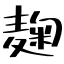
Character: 麹